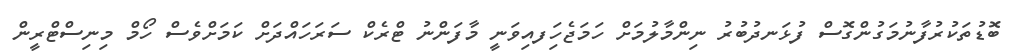
ބޮޑުތަކުރުފާނުމަގުންގޮސް ފުޅަނދުބުރު ނިންމާލުމަށް ހަމަޖެހިަފއިވަނީ މާފަންނު ޓްރެކް ސަރަހައްދަށް ކަމަށްވެސް ހޯމް މިނިސްޓްރީން